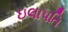
ઇલાપતિ